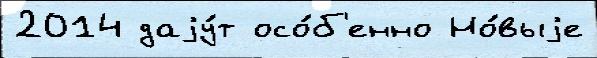
2014 даjу́т осо́б'енно Но́выjе